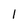
Character: l